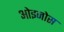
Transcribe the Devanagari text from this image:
ओइनोस